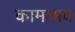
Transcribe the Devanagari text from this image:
कामाश्रव